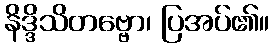
နိဒ္ဒိသိတဗ္ဗော၊ ပြအပ်၏။